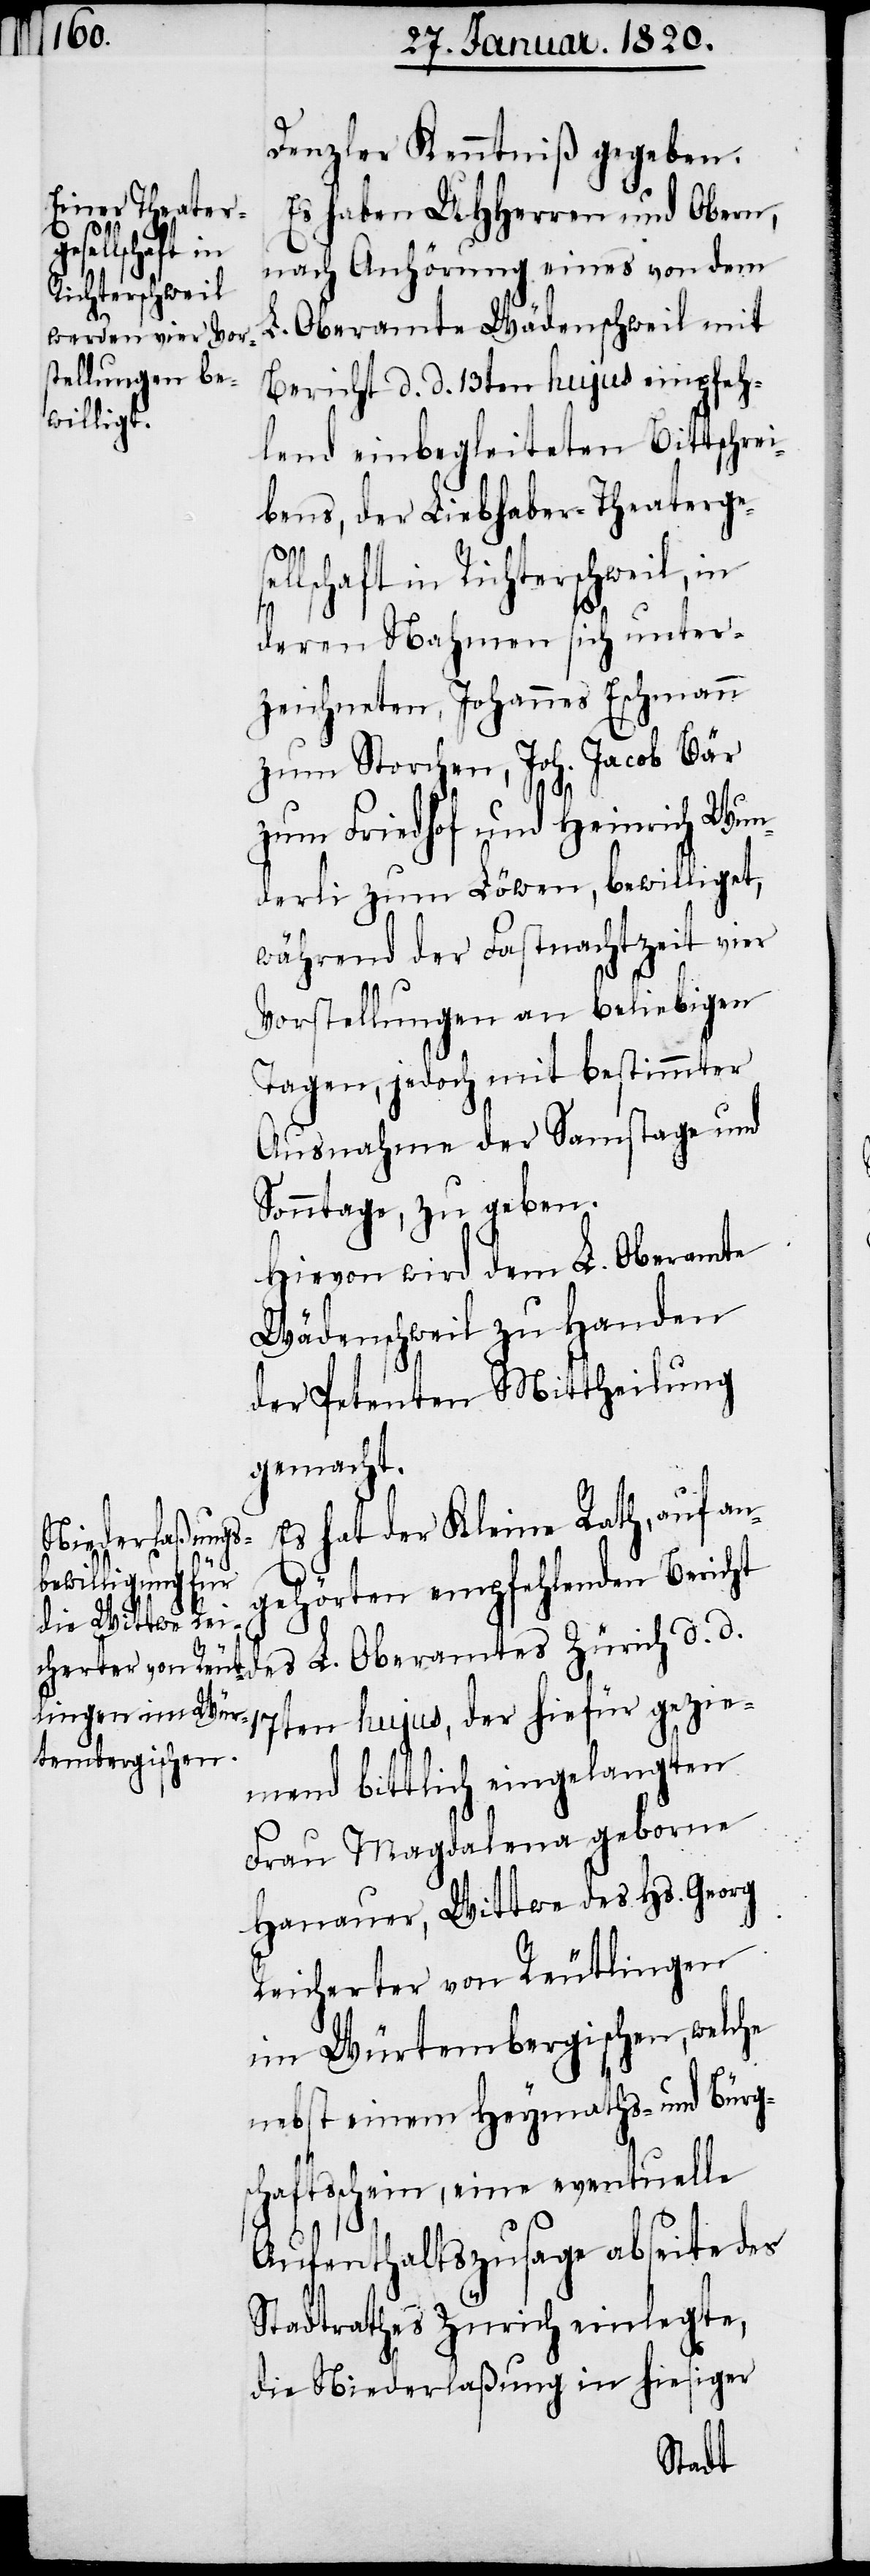
Denzler Kenntniß gegeben.
Es haben UHHerren und Obern,
gezie¬
nach Anhörung eines von dem
L. Oberamte Wädenschweil mit
Bericht d. d. 13ten hujus empfeh¬
lend einbegleiteten Bittschrei¬
bens, der Liebhaber-Theaterge¬
lschaft in Richterschweil, in
deren Nahmen sich unter¬
zeichneten, Johannes Eschmann
zum Storchen, Joh. Jacob Bär
zum Friedhof und Heinrich Wun¬
derli zum Löwen, bewilliget,
während der Fastnachtzeit vier
Vorstellungen an beliebigen
Tagen, jedoch mit bestimmter
Ausnahme der Samstage und
Sonntage, zu geben.
Hievon wird dem L. Oberamte
Wädenschweil zu Handen
der Petenten Mittheilung
gemacht.
Es hat der Kleine Rath, auf an¬
gehörten empfehlenden Bericht
des L. Oberamtes Zürich d. d.
mend bittlich eingelangten
Frau Magdalena geborne
Hanauer, Wittwe des Hs. Georg
Reicherter von Reutlingen
im Würtembergischen, welche
nebst einem Heymaths, und Bürg¬
schaftsschein, eine eventuelle
Aufenthaltszusage abseite des
Stadtrathes Zürich einlegte,
die Niederlaßung in hiesiger